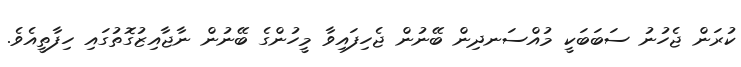
ކުރަން ޖެހުނު ސަބަބަކީ މުއްސަނދިން ބޭނުން ޖެހިފައިވާ މީހުންގެ ބޭނުން ނާޖާއިޒުގޮތުގައި ހިފާތީއެވެ.